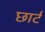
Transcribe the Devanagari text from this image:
छार्ट